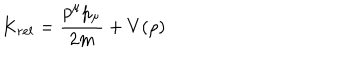
LaTeX: K _ { r e l } = { \frac { p ^ { \mu } p _ { \mu } } { 2 m } } + V ( \rho )